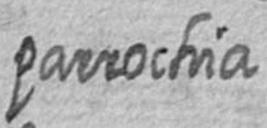
parrochia